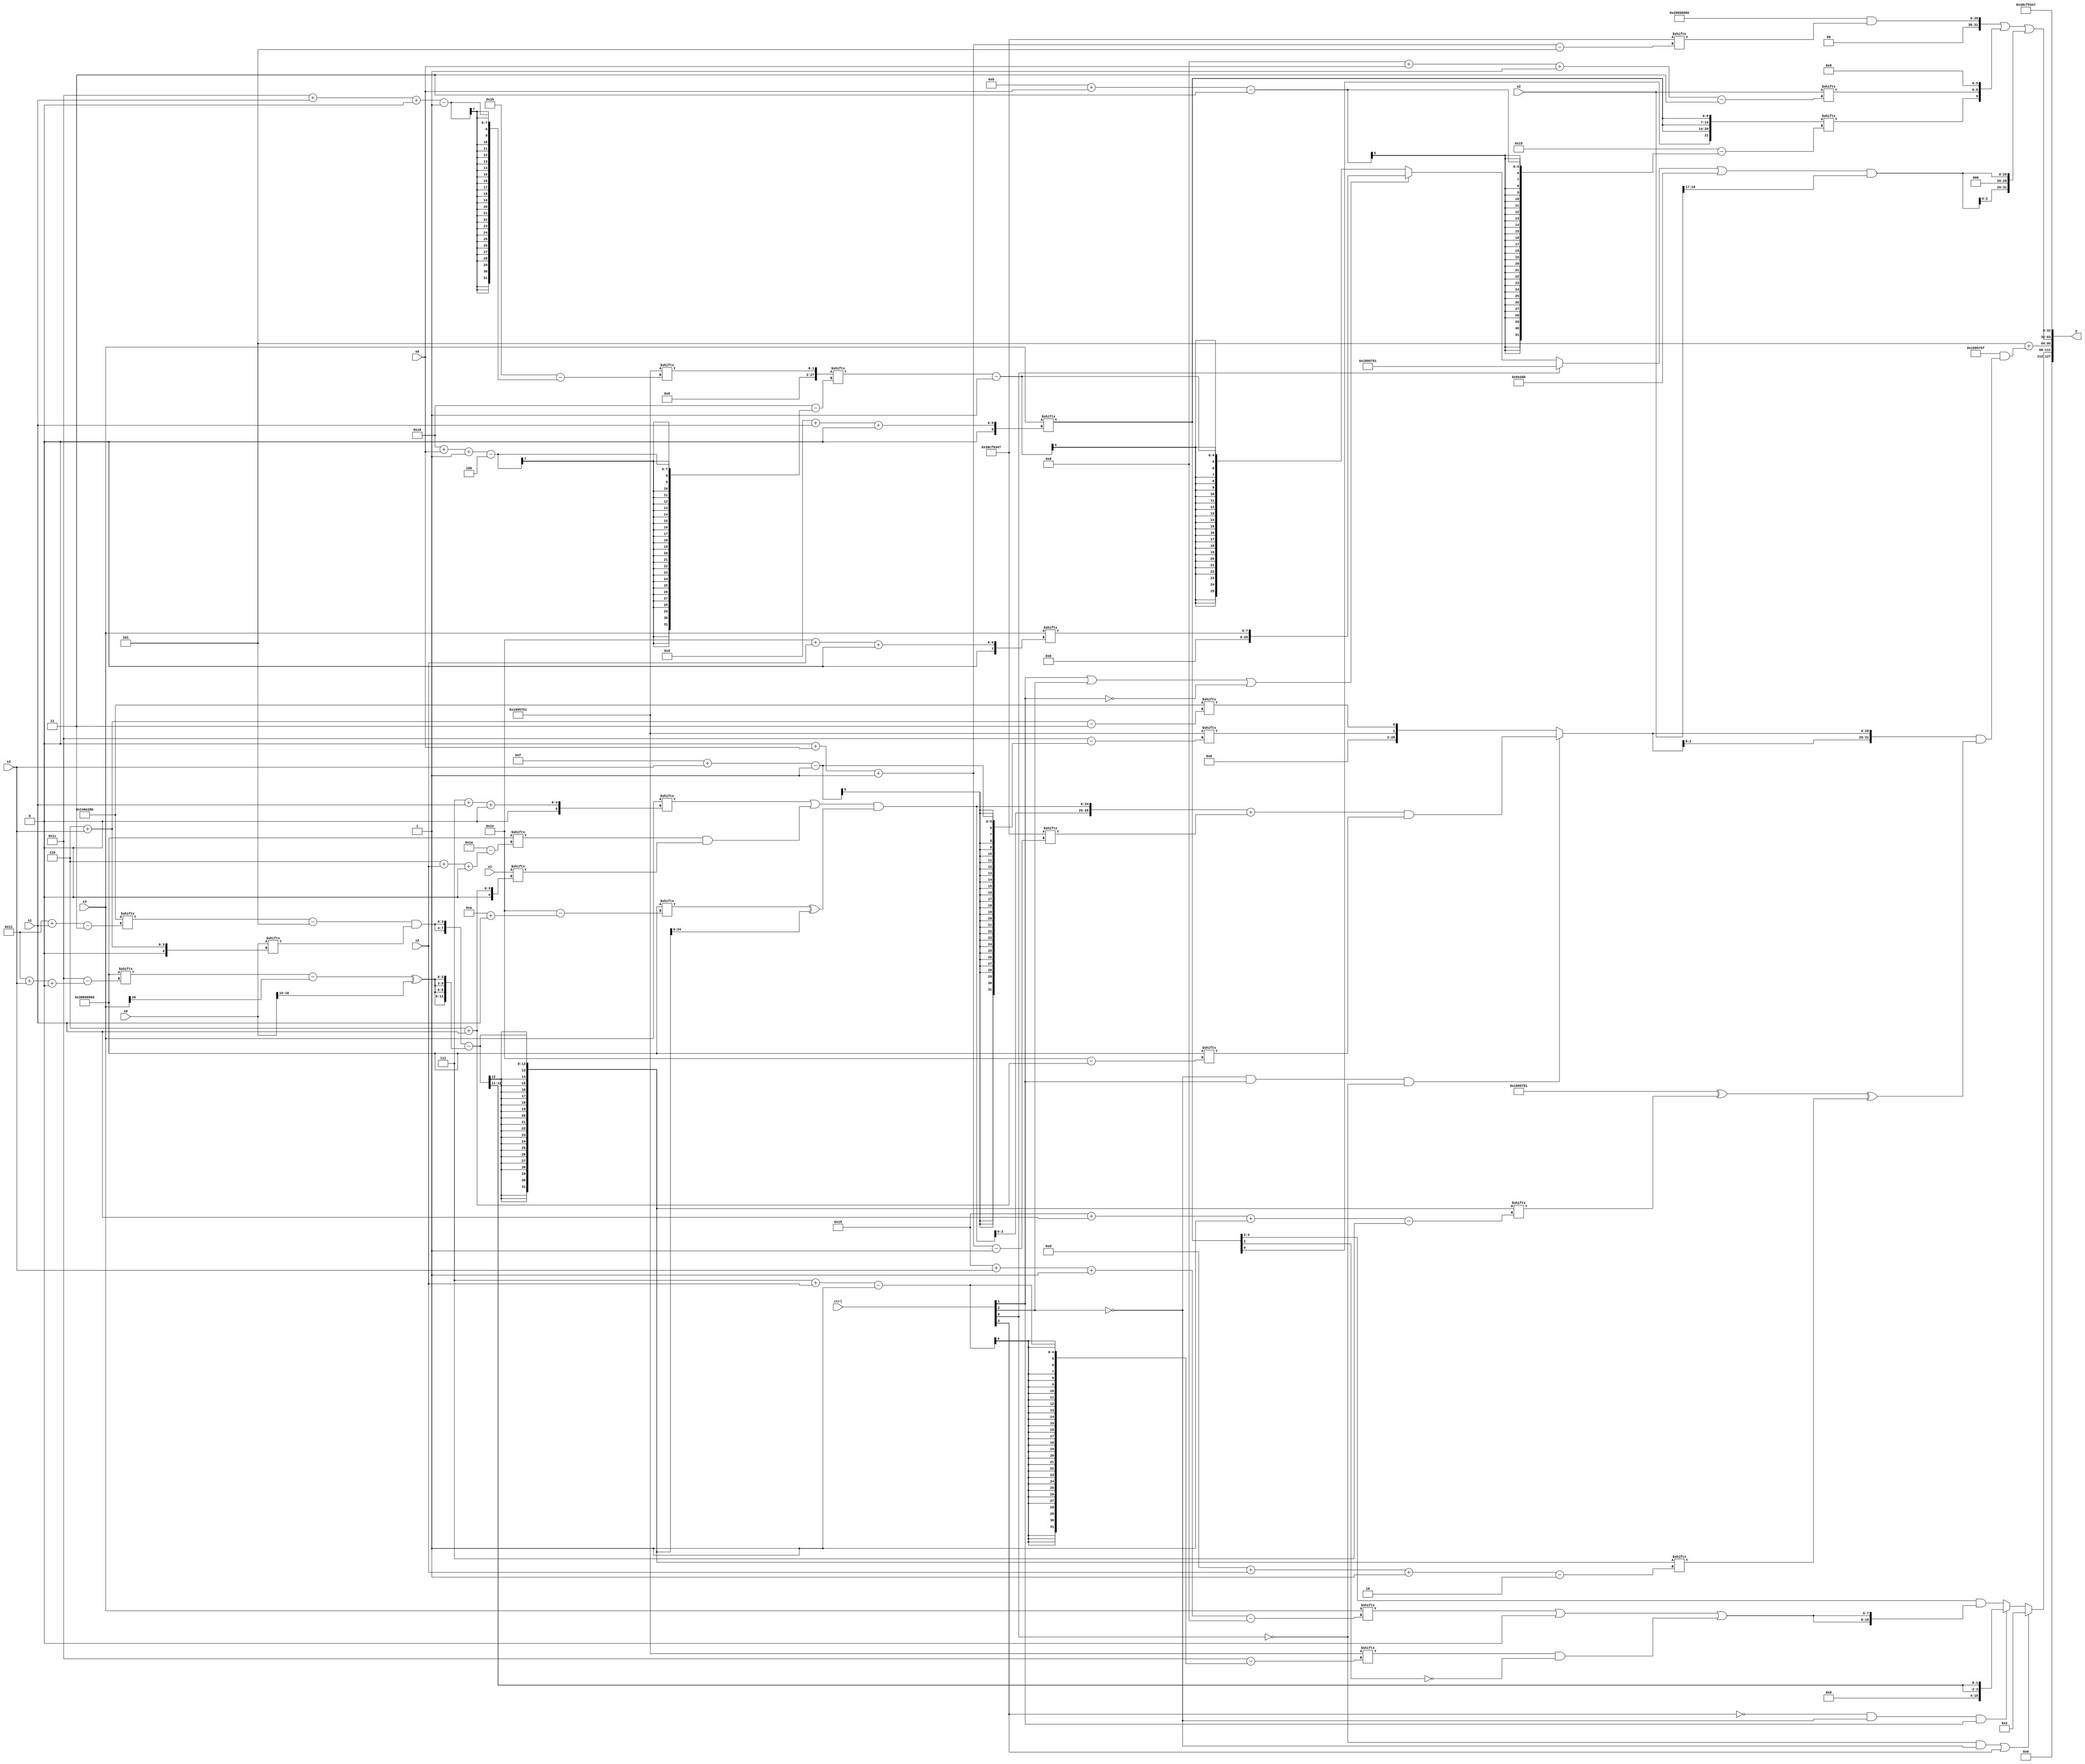
module partsel_00966(ctrl, s0, s1, s2, s3, x0, x1, x2, x3, y);
  input [3:0] ctrl;
  input [2:0] s0;
  input [2:0] s1;
  input [2:0] s2;
  input [2:0] s3;
  input signed [31:0] x0;
  input signed [31:0] x1;
  input signed [31:0] x2;
  input signed [31:0] x3;
  wire signed [31:0] x4;
  wire [0:27] x5;
  wire signed [2:27] x6;
  wire [0:25] x7;
  wire signed [28:2] x8;
  wire signed [26:7] x9;
  wire [28:4] x10;
  wire [30:2] x11;
  wire [26:1] x12;
  wire signed [0:30] x13;
  wire signed [3:24] x14;
  wire signed [5:28] x15;
  output [127:0] y;
  wire [31:0] y0;
  wire signed [31:0] y1;
  wire signed [31:0] y2;
  wire signed [31:0] y3;
  assign y = {y0,y1,y2,y3};
  localparam [0:30] p0 = 962921829;
  localparam signed [30:0] p1 = 953127751;
  localparam [1:29] p2 = 25778001;
  localparam signed [27:3] p3 = 155640427;
  assign x4 = ({2{((p3[17 + s1] - {2{(p3[19 -: 2] ^ (p1[12 -: 1] - p1[9 +: 1]))}}) & x0[6 + s3])}} - {2{{2{((p0[17 + s3 +: 3] - x3[10]) ^ x0[16 -: 2])}}}});
  assign x5 = p2[28 + s1 +: 2];
  assign x6 = (ctrl[1] || ctrl[2] || !ctrl[1] ? x3[30 + s2 +: 8] : (x5[24 + s0 -: 4] - p1[17]));
  assign x7 = {2{x6[23 -: 4]}};
  assign x8 = p2;
  assign x9 = p3;
  assign x10 = x4;
  assign x11 = (!ctrl[2] && ctrl[1] && !ctrl[0] ? (({2{((x3[7 + s1 +: 3] | (p0[6 + s2 +: 5] & x1[6 + s1])) & (p0[10 + s1] ^ x10))}} + p1[0 + s0 -: 1]) & p0[6 + s1]) : {p2[15 + s3], p3[6 + s3]});
  assign x12 = ({2{x9[24 + s2 +: 2]}} + ({p1, p2} - ({2{{2{x7[8 + s0 -: 1]}}}} | {2{(ctrl[3] || !ctrl[1] || !ctrl[1] ? x3[20 + s2 -: 5] : x0)}})));
  assign x13 = ((!ctrl[0] || ctrl[3] && ctrl[0] ? p3[0 + s0 -: 3] : p1[5 + s3 -: 3]) - ((!ctrl[3] && !ctrl[1] || ctrl[3] ? ((p1 | ((p1[6 + s0] ^ (x1 & ((x6 | p1[13 -: 2]) - (x8[11 + s3] ^ x5[18 -: 1])))) - x6)) & x0[15 + s2]) : x0[8 +: 3]) ^ (x2[11 + s0] - (x10[17 + s0 +: 1] + {2{p2[15 + s2]}}))));
  assign x14 = {2{{2{x3[9 + s1 +: 7]}}}};
  assign x15 = ({({x7[12 + s1 -: 4], x12[5 + s0 -: 2]} + {2{p2}}), {p0[15 +: 3], {(x6[0 + s2 -: 3] + (p2[16 +: 4] | (x14 + (p2[13 + s0] | x5[20 -: 3])))), (p0 - x14)}}} ^ p0);
  assign y0 = (!ctrl[0] && !ctrl[2] || ctrl[3] ? p3[16 -: 2] : (!ctrl[3] && !ctrl[2] && ctrl[1] ? {2{x10[15 +: 2]}} : (x14[15 -: 3] & {2{((x3[25 + s3 -: 8] | x7[13 +: 1]) | (p2[7 + s2] & (x14[15 -: 1] ^ p0[11 +: 2])))}})));
  assign y1 = (p2[13 +: 3] + ((p2 + p1[17 -: 4]) & ({2{{2{x11}}}} & ((p2 ^ x4[25 + s1 -: 7]) ^ x4[13 + s2 -: 2]))));
  assign y2 = ((({x1, (!ctrl[3] && ctrl[3] && !ctrl[1] ? (((p2[21 + s2 +: 2] | x1) - x8) ^ p1[12 + s3 +: 2]) : p0)} & p1[0 + s0 -: 5]) | {x14[11 + s0], {x2[8 + s0 -: 3], {2{p0[19 -: 3]}}}}) | {2{(((!ctrl[0] && !ctrl[0] || !ctrl[0] ? x6 : p2) | x9) & x2[18 -: 2])}});
  assign y3 = p1;
endmodule